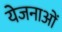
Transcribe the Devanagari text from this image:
येजनाओं